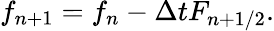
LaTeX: f_{n+1}=f_{n}-\Delta tF_{n+1/2}.